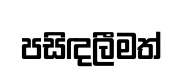
පසිඳලීමත්